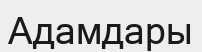
Адамдары